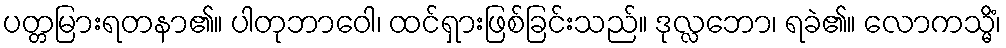
ပတ္တမြားရတနာ၏။ ပါတုဘာဝေါ၊ ထင်ရှားဖြစ်ခြင်းသည်။ ဒုလ္လဘော၊ ရခဲ၏။ လောကသ္မိံ၊